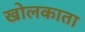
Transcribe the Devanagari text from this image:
खोलकाता